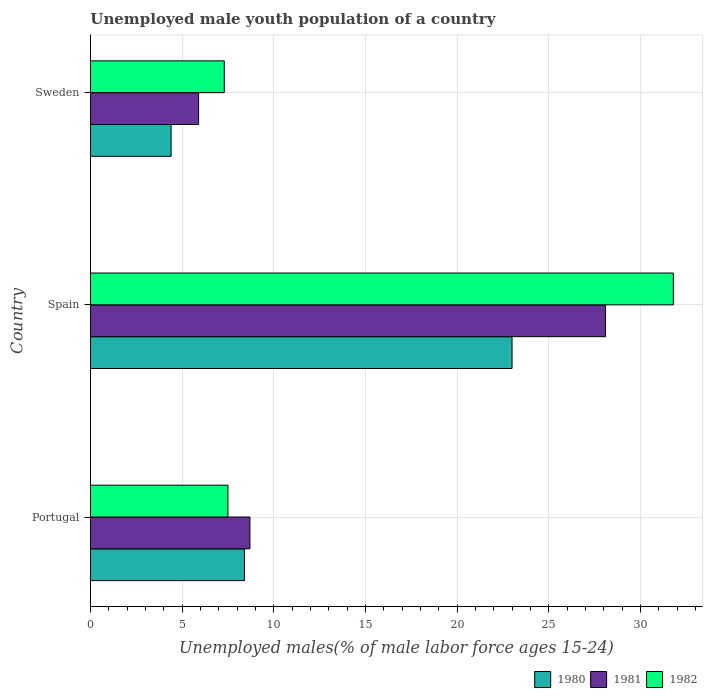
| Country | 1980 | 1981 | 1982 |
 | --- | --- | --- | --- |
 | Portugal | 8.4 | 8.7 | 7.5 |
 | Spain | 23 | 28.1 | 31.8 |
 | Sweden | 4.4 | 5.9 | 7.3 |